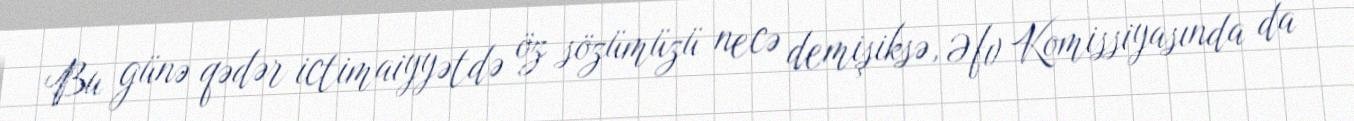
Bu günə qədər ictimaiyyətdə öz sözümüzü necə demişiksə, Əfv Komissiyasında da